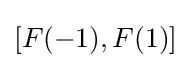
[F(-1),F(1)]